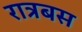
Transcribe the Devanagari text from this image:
रात्रबस